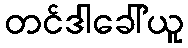
တင်ဒါခေါ်ယူ